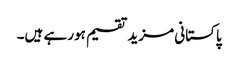
پاکستانی مزید تقسیم ہورہے ہیں۔